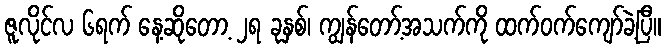
ဇူလိုင်လ ၆ရက် နေ့ဆိုတော့ ၂ရ ခုနှစ်၊ ကျွန်တော့်အသက်ကို ထက်ဝက်ကျော်ခဲ့ပြီ။